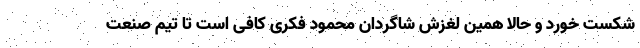
شکست خورد و حالا همین لغزش شاگردان محمود فکری کافی است تا تیم صنعت